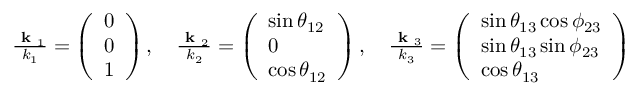
\begin{array} { r } { \frac { \textbf { k } _ { 1 } } { k _ { 1 } } = \left( \begin{array} { l } { 0 } \\ { 0 } \\ { 1 } \end{array} \right) , \quad \frac { \textbf { k } _ { 2 } } { k _ { 2 } } = \left( \begin{array} { l } { \sin \theta _ { 1 2 } } \\ { 0 } \\ { \cos \theta _ { 1 2 } } \end{array} \right) , \quad \frac { \textbf { k } _ { 3 } } { k _ { 3 } } = \left( \begin{array} { l } { \sin \theta _ { 1 3 } \cos \phi _ { 2 3 } } \\ { \sin \theta _ { 1 3 } \sin \phi _ { 2 3 } } \\ { \cos \theta _ { 1 3 } } \end{array} \right) } \end{array}